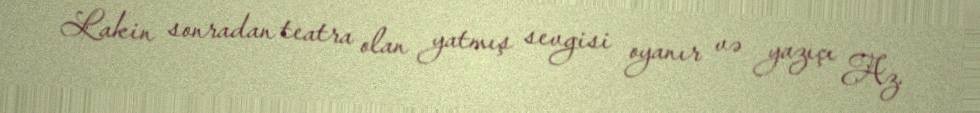
Lakin sonradan teatra olan yatmış sevgisi oyanır və yazıçı Az.